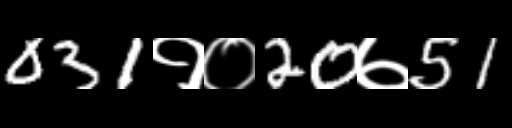
Text: 031१०20७51